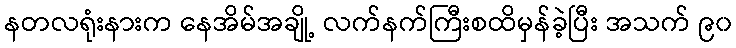
နတလရုံးနားက နေအိမ်အချို့ လက်နက်ကြီးစထိမှန်ခဲ့ပြီး အသက် ၉၀